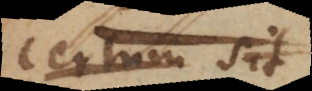
certum est,